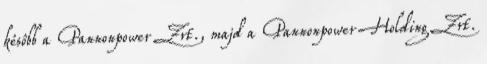
késôbb a Pannonpower Zrt., majd a Pannonpower Holding Zrt.